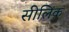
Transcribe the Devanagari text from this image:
सीलिंक